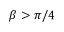
\beta > \pi / 4